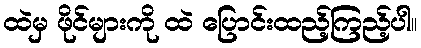
ထဲမှ ဖိုင်များကို ထဲ ပြောင်းထည့်ကြည့်ပါ။